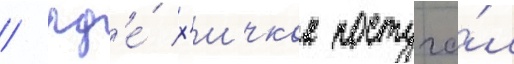
/ гд'е́ х'ичкок постуча́л